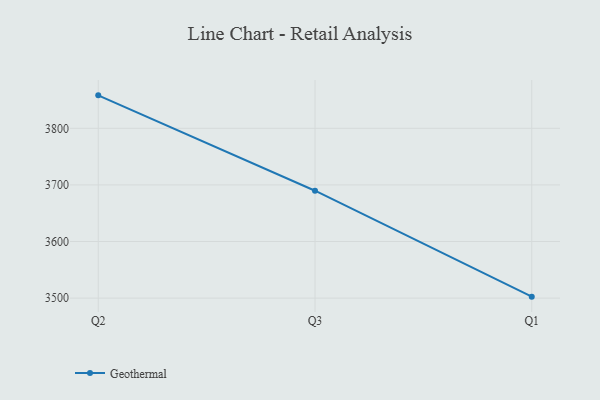
{"axis": {"x": "Quarter", "y": "Tickets Resolved"}, "legend": ["Geothermal"], "data": [{"x": "Q2", "y": 3858.3, "type": "Geothermal"}, {"x": "Q3", "y": 3689.8, "type": "Geothermal"}, {"x": "Q1", "y": 3502.6, "type": "Geothermal"}]}